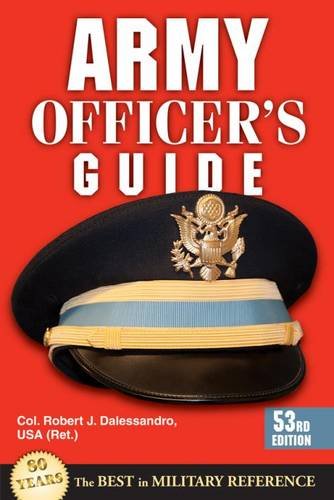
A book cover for Army Officer's Guide: 53rd Edition; Robert J. Dalessandro; Reference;